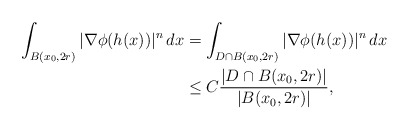
\begin{align*}\int_{B(x_0,2r)}|\nabla \phi(h(x))|^n\, dx & = \int_{D\cap B(x_0,2r)}|\nabla \phi(h(x))|^n\, dx \\& \leq C\frac{|D\cap B(x_0,2r)|}{|B(x_0,2r)|},\end{align*}